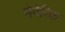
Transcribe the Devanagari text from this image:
मेवेरिक